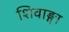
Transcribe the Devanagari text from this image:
शिवाङ्गा